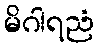
မိဂါရညံ